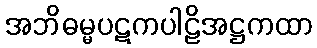
အဘိဓမ္မပဋကပါဠိအဋ္ဌကထာ